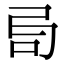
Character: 𠯶